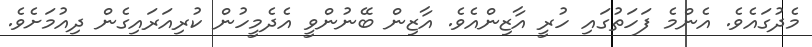
މެދުގައެވެ. އެންމެ ފަހަތުގައި ހުރީ އާޒިންއެވެ. އާޒިން ބޭނުންވީ އެދެމީހުން ކުރިއަރައިގެން ދިއުމަށެވެ.